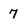
Character: 7